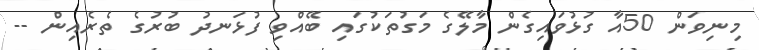
މިނިވަން 50އާ ގުޅުވައިގެން މާލޭގެ މަގުތަކުގައި ބޭއްވި ފުޅަނދު ބުރުގެ ތެރެއިން --